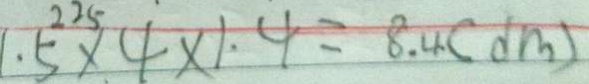
1 . 5 \times 4 \times 1 . 4 = 8 . 4 ( d m )